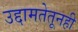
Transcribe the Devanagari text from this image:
उद्दामतेतूनही